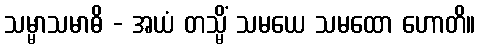
သမ္မာသမာဓိ - အယံ တသ္မိံ သမယေ သမထော ဟောတိ။